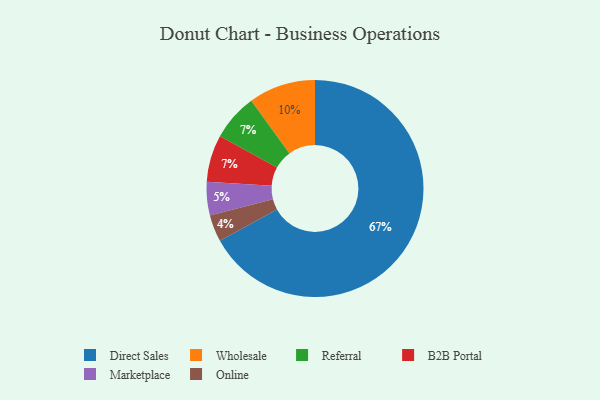
{"axis": {"x": "Category", "y": "Percentage"}, "legend": ["B2B Portal", "Direct Sales", "Marketplace", "Online", "Referral", "Wholesale"], "data": [{"x": "Marketplace", "y": 5, "type": "Marketplace"}, {"x": "Wholesale", "y": 10, "type": "Wholesale"}, {"x": "Referral", "y": 7, "type": "Referral"}, {"x": "Online", "y": 4, "type": "Online"}, {"x": "Direct Sales", "y": 67, "type": "Direct Sales"}, {"x": "B2B Portal", "y": 7, "type": "B2B Portal"}]}